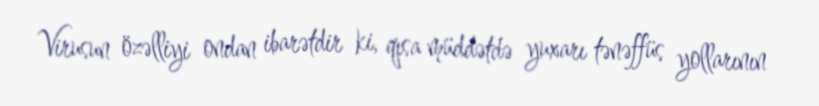
Virusun özəlliyi ondan ibarətdir ki, qısa müddətdə yuxarı tənəffüs yollarının